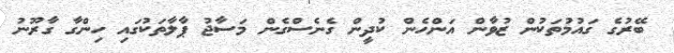
ބޭރުގެ ގައުމުތަކުން ޒުވާން އަންހެން ކުދީން ގެނެސްގެން މަސާޖު ޕާލާތަކުގައި ހިންގާ ގާރޫނު